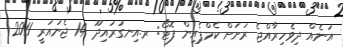
އަނެއް ދިވެހިރާއްޖެ ރަށަށް ކެމްޕެއިން ފޮޓޯ: ރ.އިނގުރައިދޫ 14 ޖެނުއަރީ 2011